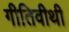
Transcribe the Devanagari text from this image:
गीतिवीथी